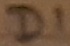
Text: D1